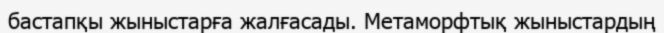
бастапқы жыныстарға жалғасады. Метаморфтық жыныстардың